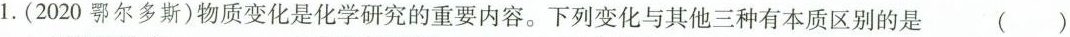
1.(2020鄂尔多斯)物质变化是化学研究的重要内容。下列变化与其他三种有本质区别的是 ( )